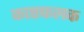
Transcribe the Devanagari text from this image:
काष्ठफलक